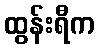
ထွန်းရီက